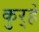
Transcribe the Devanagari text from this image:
कुर्‍हे